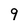
Character: 9